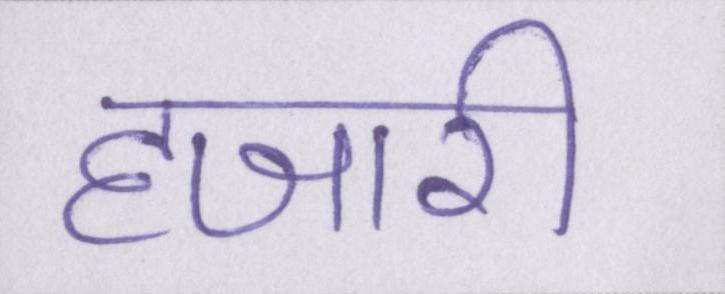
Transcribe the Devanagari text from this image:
हजारी